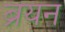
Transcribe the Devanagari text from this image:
ब्रयन